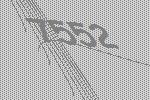
7552